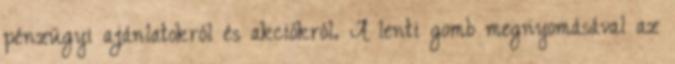
pénzügyi ajánlatokról és akciókról. A lenti gomb megnyomásával az